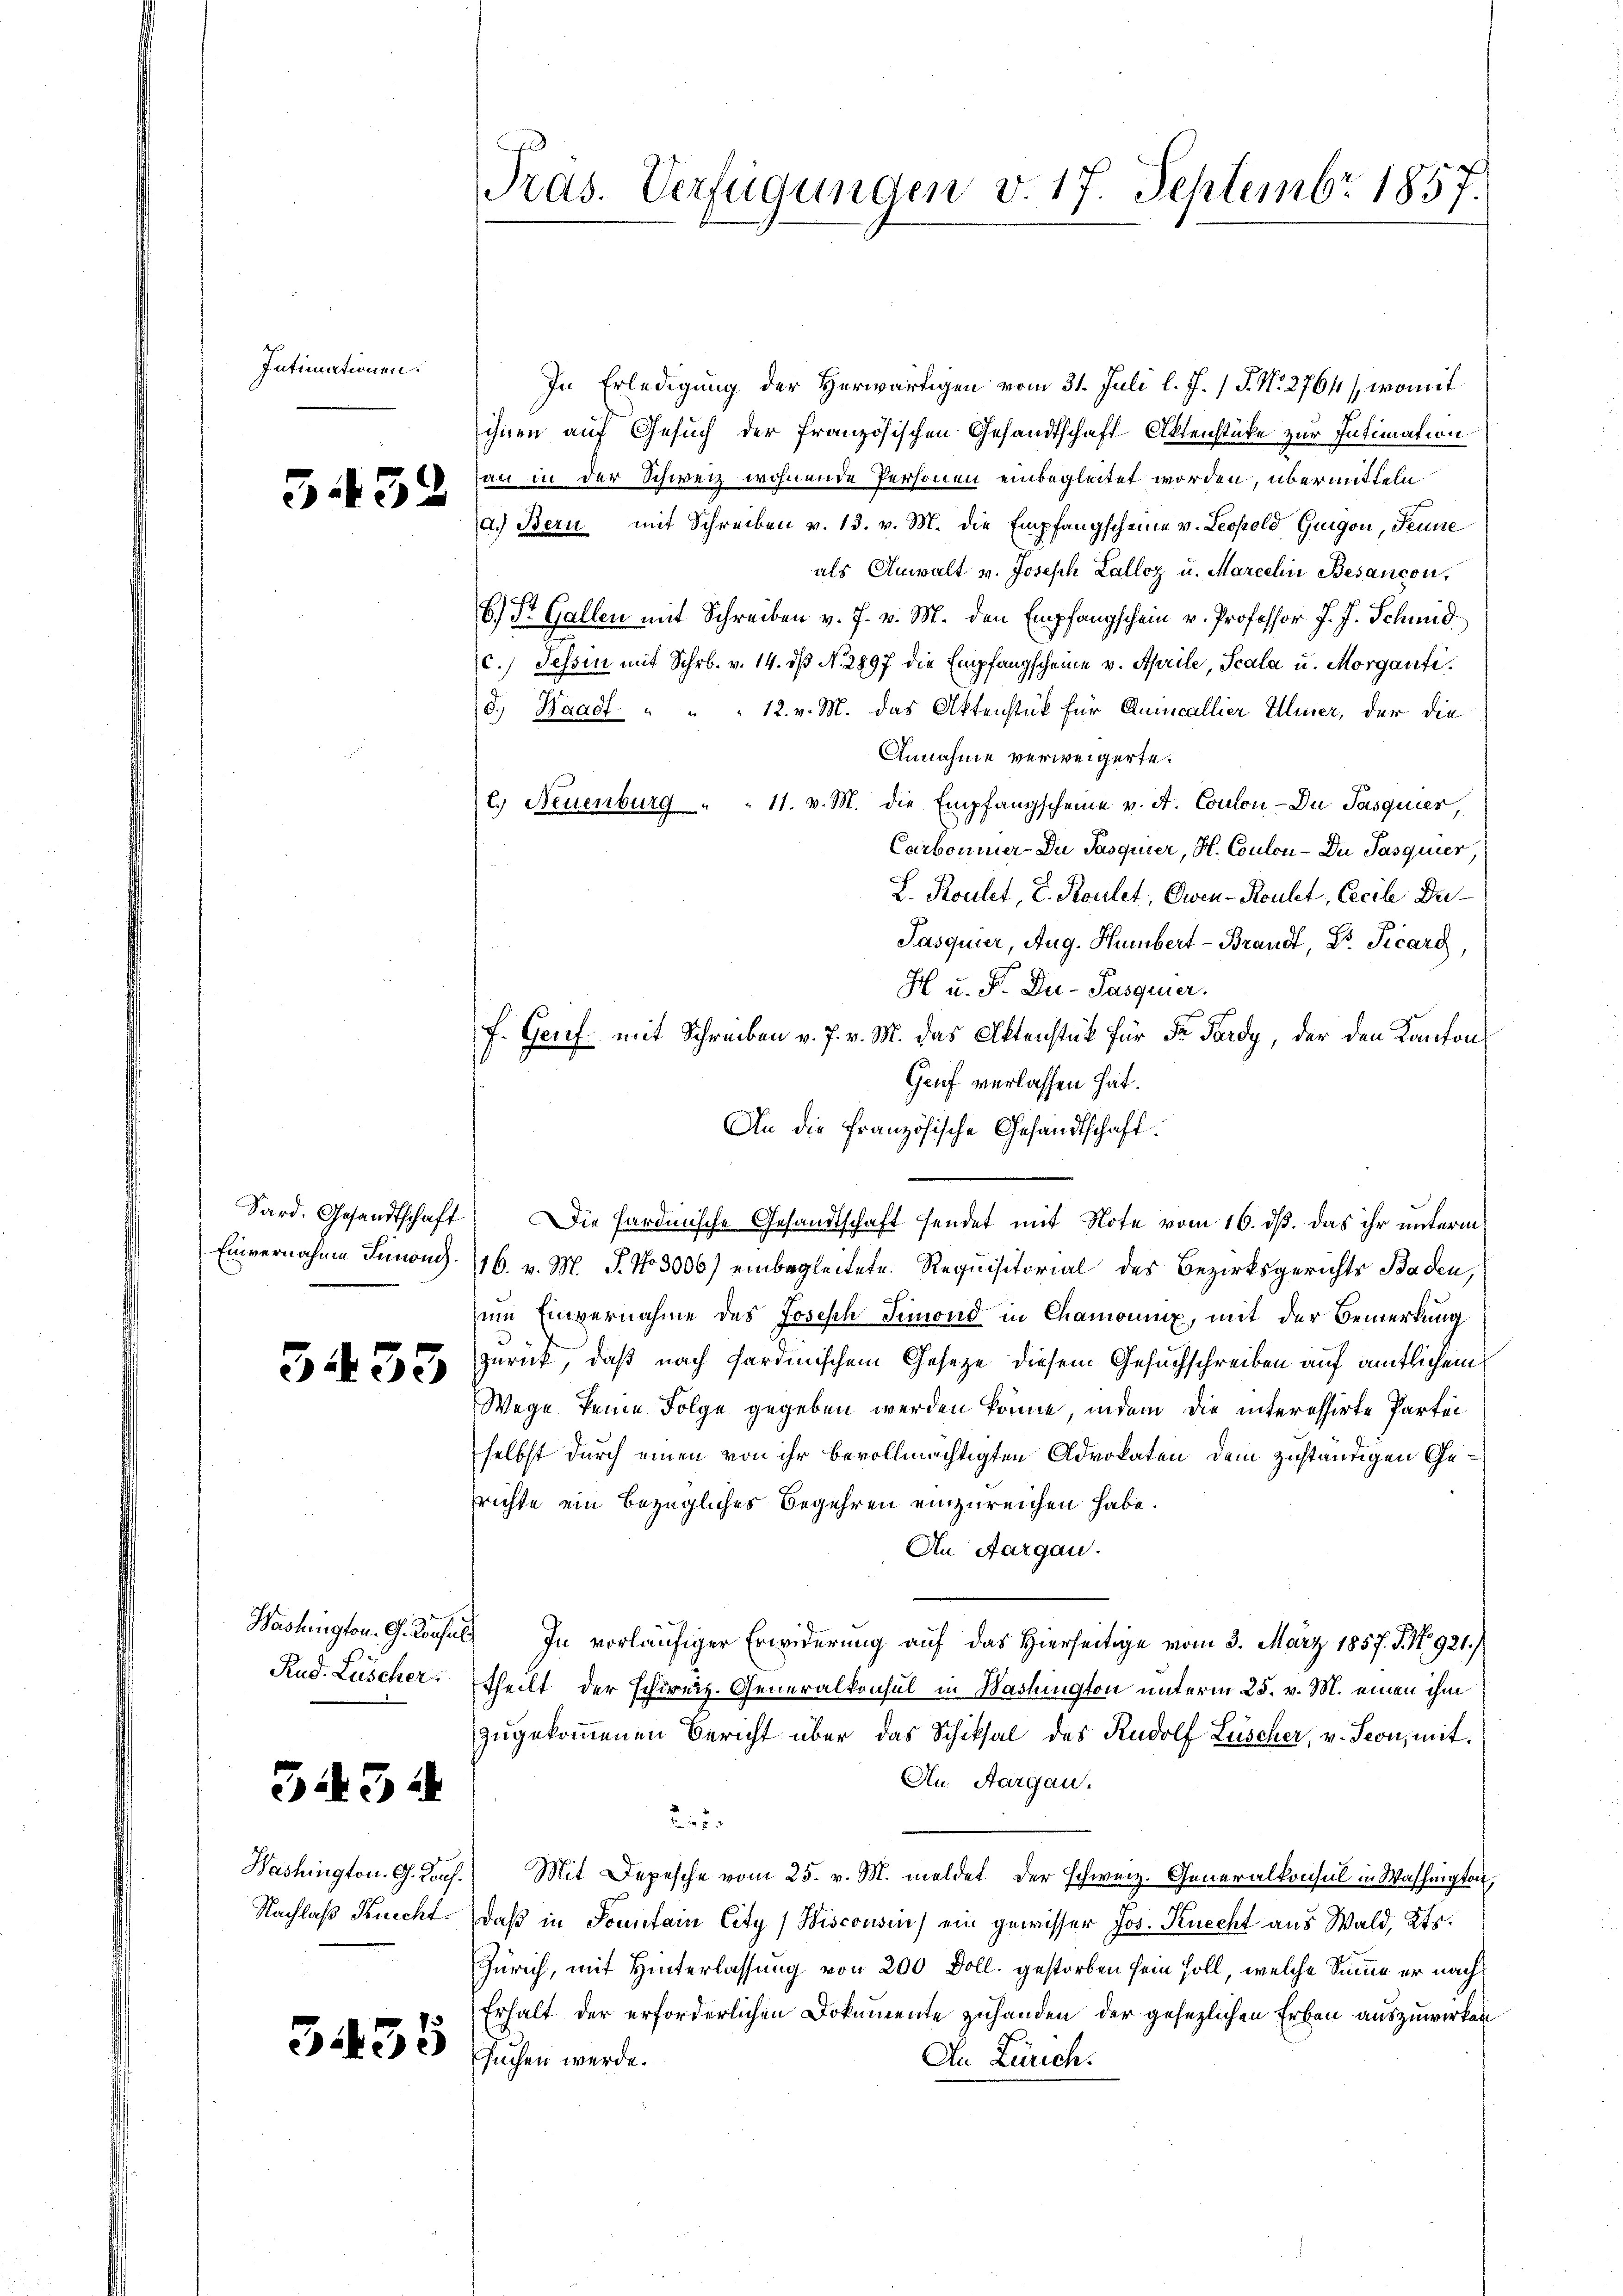
Intimationen.

5452

Sard. Gesandtschaft

3435

Washingten. G. Konseil
Rud. Lüscher

3434

Nachlaß Knecht.

G.55

Pras. Verfügungen v. 17. Septembr 1857.

In Erledigung der Herwärtigen vom 31. Juli l. J. / P. N. 2764 / womit
ihnen auf Gesuch der französischen Gesandtschaft Aktenstüke zur Intimation
an in der Schweiz wohnende Personen einbegleitet worden, übermitteln
a.) Bern mit Schreiben v. 13. v. M. die Empfangscheine v. Leopold Guigon, Senne
als Anwalt v. Joseph Lalloz u. Marcelii Besançon,
6. St. Gallen mit Schreiben v. 7. v. M. den Empfangschein u. Professor J. J. Schmid
c.) Tessin mit Schr. v. 14. dβ N. 2897 die Empfangscheine v. Aprile, Scala u. Morganti
d. Waadt " " " 12. v. M. das Aktenstück für Quincallier Meier, der die
Annahme verweigerte.
t.) Neuenburg " " 11. v. M. die Empfangscheine v. A. Coulon - Du Pasquier,
Carbonner-Du Pasquier, H. Coulon - Du Pasquier,
L. Roulet, V. Koulet, Owen-Roulet, Cecile De¬
Pasquier, Aug. Humbert-Brandt, Dr. Ficarg,
H u. F. Du-Pasquier.
f. Genf mit Schreiben v. J. v. M. das Aktenstück für Fr. Tardy, der den Kanton
Gruf verlassen hat.
An die französische Gesandtschaft.
Die Fardinische Gesandtschaft sendet mit Note vom 16. ds. das ihr unterm
Einvernahme Simoni. 116. v. M. P. No 3006) einbegleitete Requisitorial des Bezirksgerichts Baden,
um Einvernahme des Joseph Simond in Chamoniux, mit der Bemerkung
zurück, daß nach fardinischem Gesetze diesem Gesuchschreiben auf amtlichem
Wege keine Folge gegeben werden könne, indem die interessirte Partei
selbst durch einen von ihr bevollmächtigten Advokaten dem zuständigen Gerichte ein bezügliches Begehren einzureichen habe.
An Aargau.
In vorläufiger Erwiderung auf das Hierseitige vom 3. März 1857. J. No. 921./
theilt der schweiz. Generalkonsul in Washington unterm 25. v. M. einen ihm
zugekommenen Bericht über das Schiksal des Rudolf Lüscher, v. Seon, mit
An Aargau.
2
Washington. G. Joh. Mit Depesche vom 25. v. M. meldet der schweiz. Generalkonsul in Washington,
daß in Sonntain City (Wisconsen) ein gewisser Jos. Knecht aus Wald, Kts.
Zürich, mit Hinterlassung von 200 Doll. gestorben sein soll, welche Summe er nach
Erhalt der erforderlichen Dokumente zuhanden der gesezlichen Erben auszuwirken
suchen werde.
An Zürich.